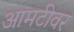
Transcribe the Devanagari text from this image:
आमटीवर